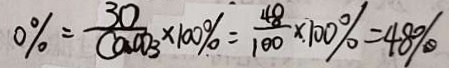
0 \% = \frac { 3 0 } { C a C O 3 } \times 1 0 0 \% = \frac { 4 8 } { 1 0 0 } \times 1 0 0 \% = 4 8 \%